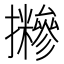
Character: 𢹪